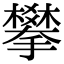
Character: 攀